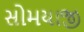
સોમયાજી